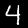
Digit: 4